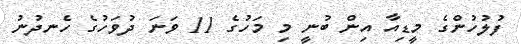
ފުލުހުންގެ މީޑިއާ އިން ބުނީ މި މަހުގެ 11 ވަނަ ދުވަހުގެ ހެނދުނު